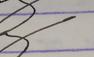
Signature authenticity: genuine